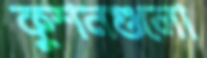
কুশনগুলো